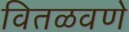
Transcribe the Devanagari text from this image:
वितळवणे